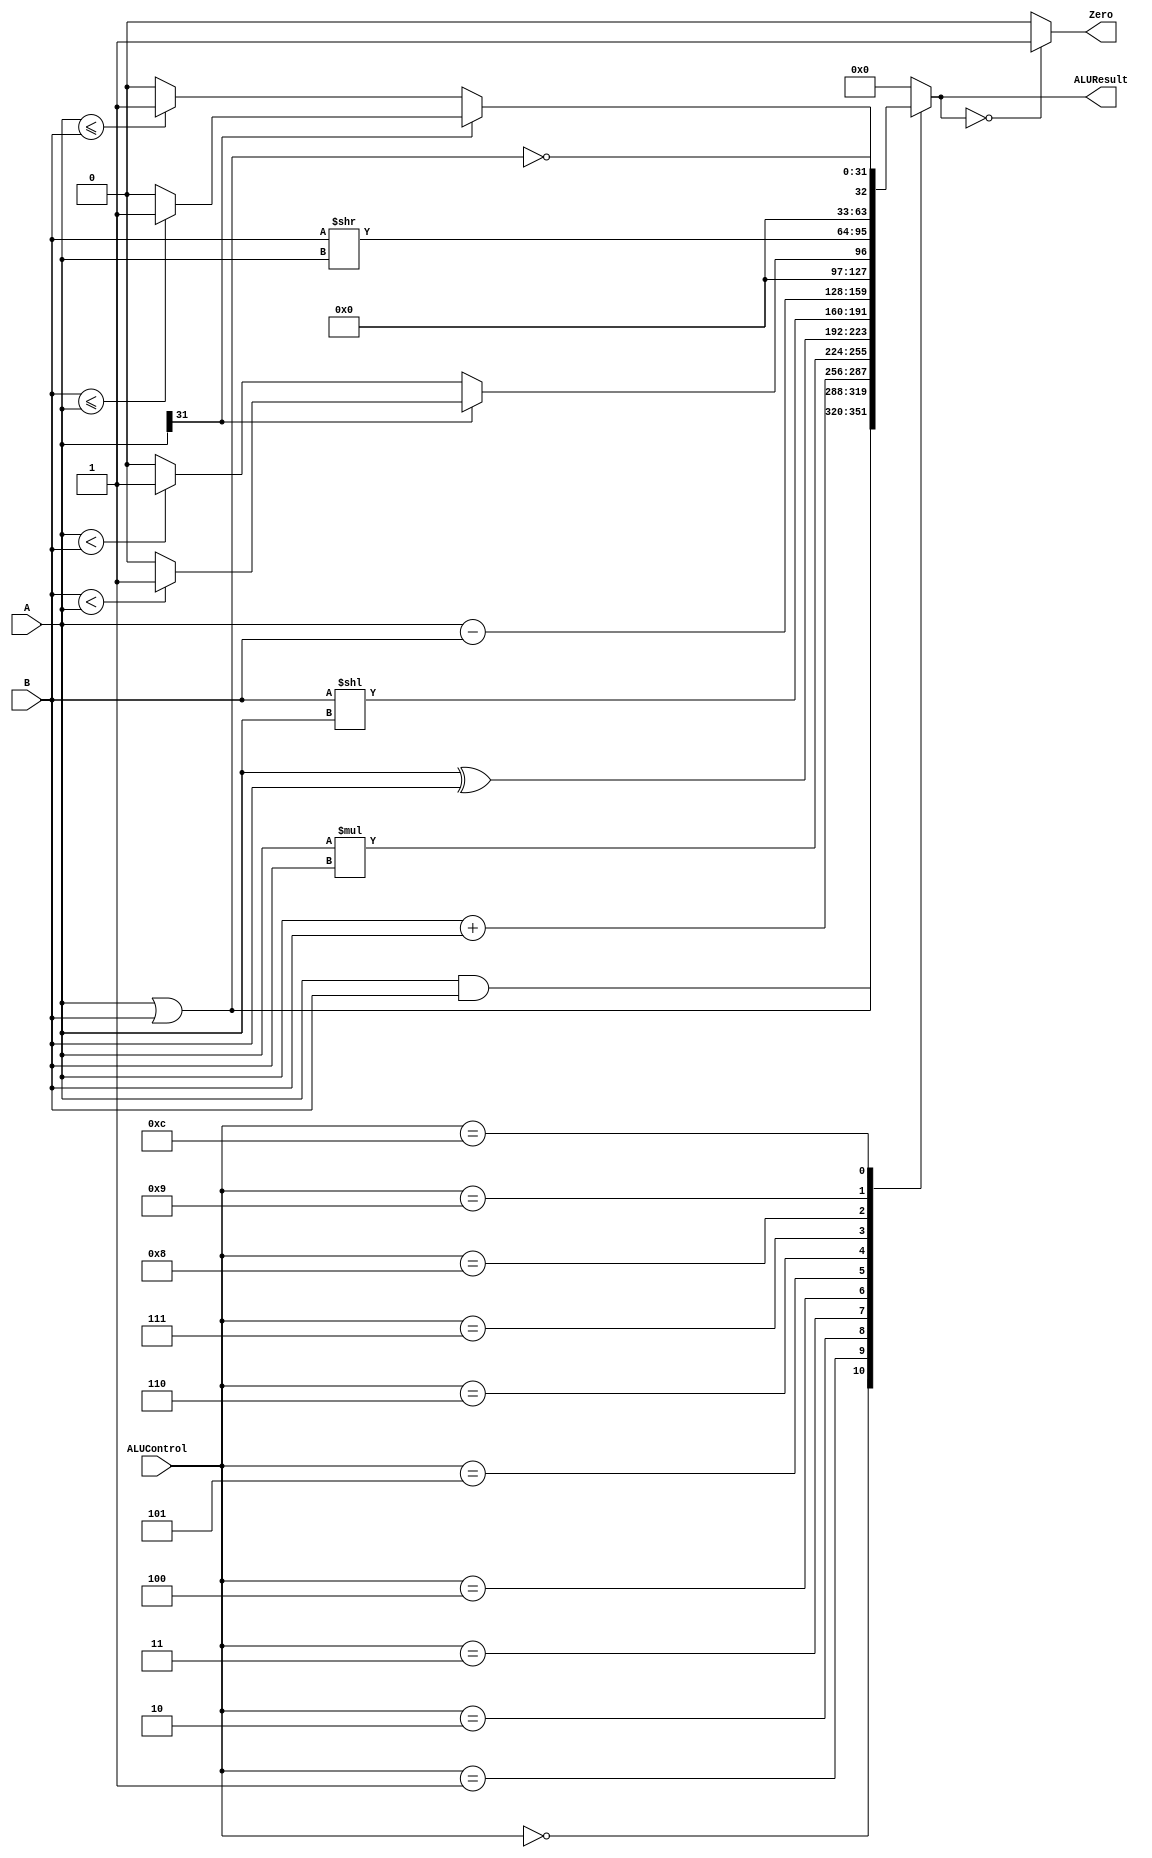
`timescale 1ns / 1ps

////////////////////////////////////////////////////////////////////////////////
// ECE369 - Computer Architecture
// 
// Module - ALU32Bit.v
// Description - 32-Bit wide arithmetic logic unit (ALU).
//
// INPUTS:-
// ALUControl: N-Bit input control bits to select an ALU operation.
// A: 32-Bit input port A.
// B: 32-Bit input port B.
//
// OUTPUTS:-
// ALUResult: 32-Bit ALU result output.
// ZERO: 1-Bit output flag. 
//
// FUNCTIONALITY:-
// Design a 32-Bit ALU, so that it supports all arithmetic operations 
// needed by the MIPS instructions given in Labs5-8.docx document. 
//   The 'ALUResult' will output the corresponding result of the operation 
//   based on the 32-Bit inputs, 'A', and 'B'. 
//   The 'Zero' flag is high when 'ALUResult' is '0'. 
//   The 'ALUControl' signal should determine the function of the ALU 
//   You need to determine the bitwidth of the ALUControl signal based on the number of 
//   operations needed to support. 
////////////////////////////////////////////////////////////////////////////////

module ALU32Bit(ALUControl, A, B, ALUResult, Zero);

	input [3:0] ALUControl; // control bits for ALU operation
                                // you need to adjust the bitwidth as needed
	input [31:0] A, B;	    // inputs

	output reg [31:0] ALUResult;	// answer
	output reg Zero;	            // Zero=1 if ALUResult == 0

always @(ALUControl, A, B) begin
    case (ALUControl)
        0: ALUResult <= A & B;          //AND
        1: ALUResult <= A | B;          //OR
        2: ALUResult <= A + B;          //add
        3: ALUResult <= A * B;          //mul 
        4: ALUResult <= A ^ B;          //XOR
        5: ALUResult <= B << A;         //Shift Left
        6: ALUResult <= A - B;          //substract
        //7: ALUResult <= A < B ? 1 : 0;  //set on less than ---> unsigned
        7: begin                        //set on less than ---> signed
            if (A[31] == 1) begin
                ALUResult <= B < A ? 1 : 0;
			end else begin
                ALUResult <= A < B ? 1 : 0;			
            end
        end
        8: ALUResult <= B >> A;         //Shift Right
        //9: ALUResult <= A <= B ? 1 : 0; //set on less than or equal to ---> unsigned
        9: begin                        //set on less than or equal to ---> signed
            if (A[31] == 1) begin
                ALUResult <= B <= A ? 1 : 0;
			end else begin
                ALUResult <= A <= B ? 1 : 0;			
            end
        end
        12: ALUResult <= ~(A | B);      //NOR
        default: ALUResult <= 0;
    endcase
end

always @(ALUResult) begin
	if (ALUResult == 0) begin
		Zero <= 1;
	end else begin
		Zero <= 0;
	end
end


endmodule